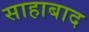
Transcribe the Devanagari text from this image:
साहाबाद